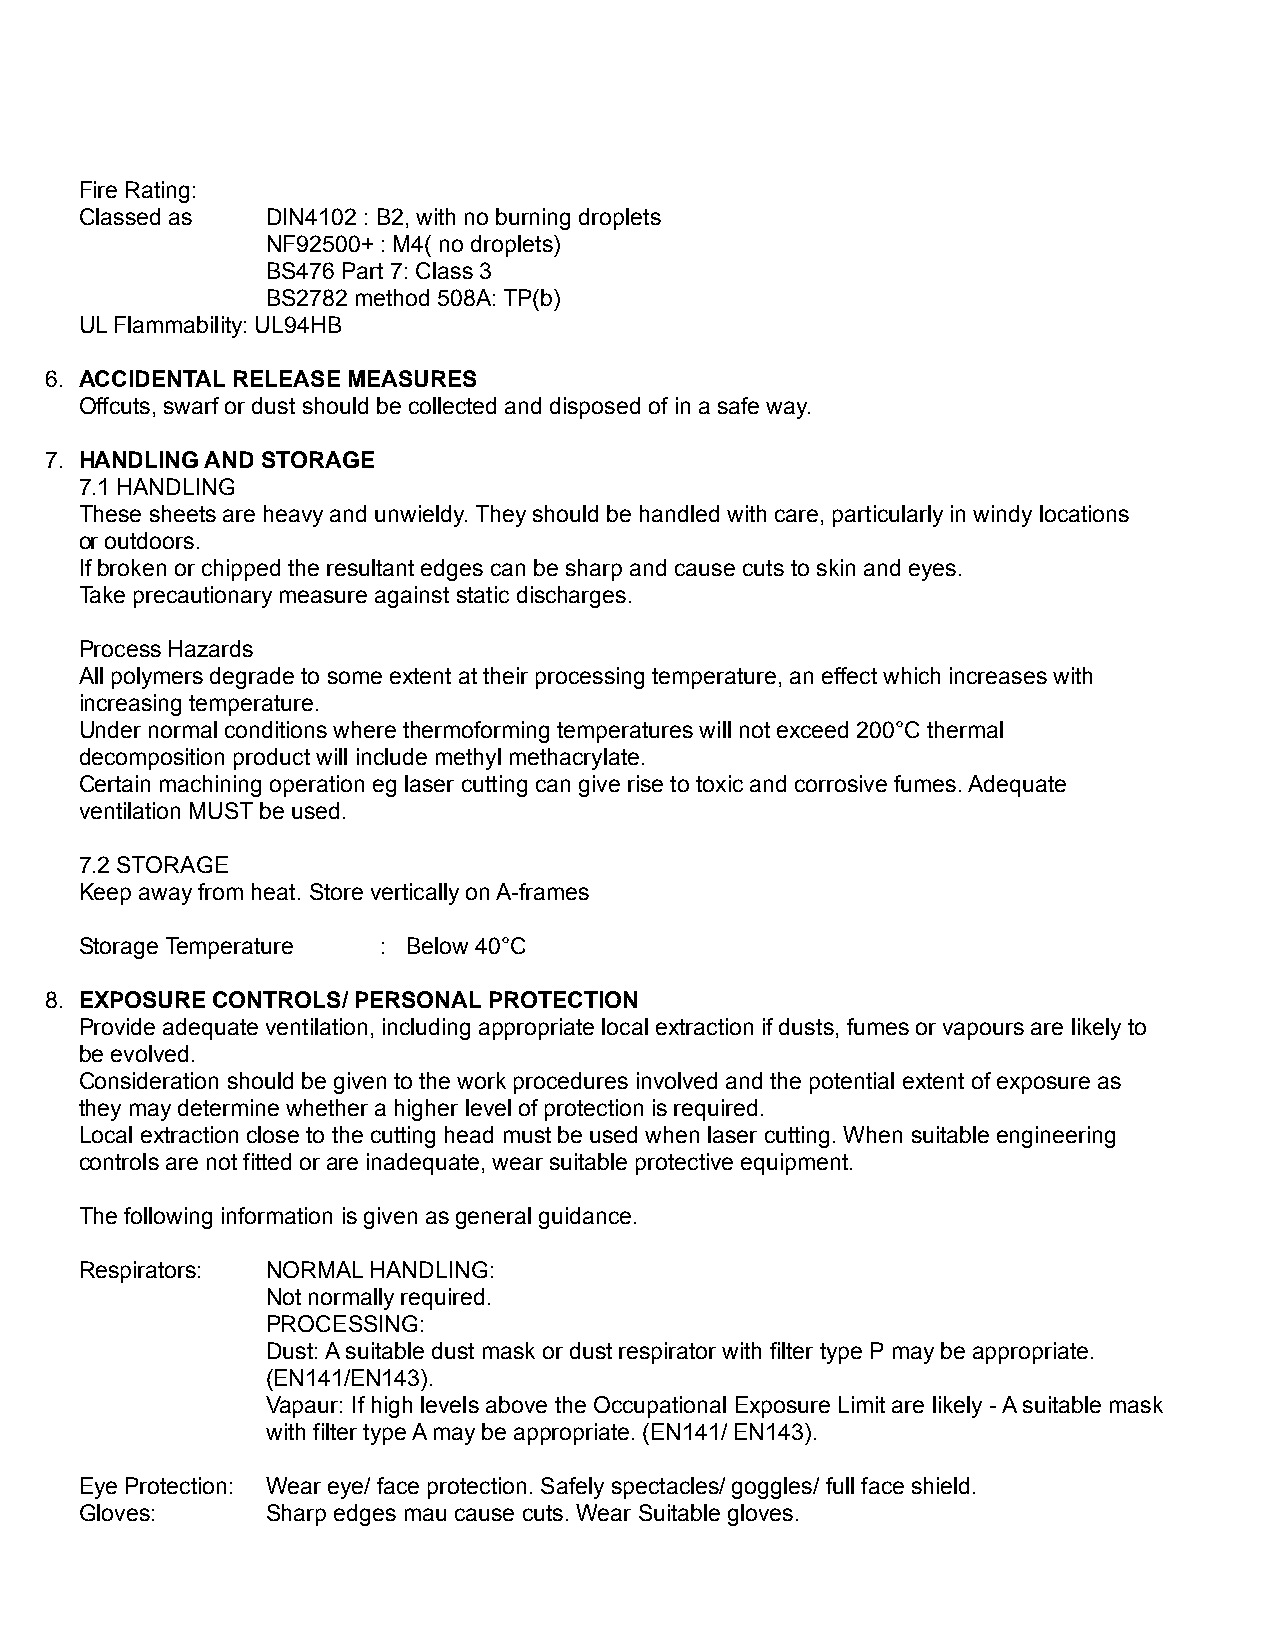
Fire Rating:
 Classed as   DIN4102 : B2, with no burning droplets
 NF92500+ : M4( no droplets)
 BS476 Part 7: Class 3
 BS2782 method 508A: TP(b)
 UL Flammability: UL94HB
 6. ACCIDENTAL RELEASE MEASURES
 Offcuts, swarf or dust should be collected and disposed of in a safe way.
 7. HANDLING AND STORAGE
 7.1 HANDLING
 These sheets are heavy and unwieldy. They should be handled with care, particularly in windy locations
 or outdoors.
 If broken or chipped the resultant edges can be sharp and cause cuts to skin and eyes.
 Take precautionary measure against static discharges.
 Process Hazards
 All polymers degrade to some extent at their processing temperature, an effect which increases with
 increasing temperature.
 Under normal conditions where thermoforming temperatures will not exceed 200°C thermal
 decomposition product will include methyl methacrylate.
 Certain machining operation eg laser cutting can give rise to toxic and corrosive fumes. Adequate
 ventilation MUST be used.
 7.2 STORAGE
 Keep away from heat. Store vertically on A-frames
 Storage Temperature : Below 40°C
 8. EXPOSURE CONTROLS/ PERSONAL PROTECTION
 Provide adequate ventilation, including appropriate local extraction if dusts, fumes or vapours are likely to
 be evolved.
 Consideration should be given to the work procedures involved and the potential extent of exposure as
 they may determine whether a higher level of protection is required.
 Local extraction close to the cutting head must be used when laser cutting. When suitable engineering
 controls are not fitted or are inadequate, wear suitable protective equipment.
 The following information is given as general guidance.
 Respirators: NORMAL HANDLING:
 Not normally required.
 PROCESSING:
 Dust: A suitable dust mask or dust respirator with filter type P may be appropriate.
 (EN141/EN143).
 Vapaur: If high levels above the Occupational Exposure Limit are likely - A suitable mask
 with filter type A may be appropriate. (EN141/ EN143).
 Eye Protection: Wear eye/ face protection. Safely spectacles/ goggles/ full face shield.
 Gloves:      Sharp edges mau cause cuts. Wear Suitable gloves.